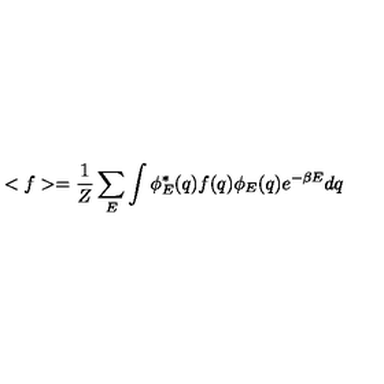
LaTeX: < f > = \frac { 1 } { Z } \sum _ { E } \int \phi _ { E } ^ { * } ( q ) f ( q ) \phi _ { E } ( q ) e ^ { - \beta E } d q